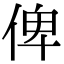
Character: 俾